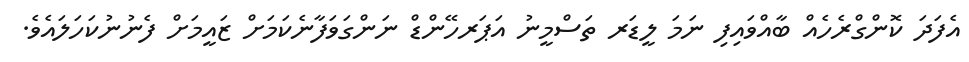
އެފަދަ ކޮންގްރެހެއް ބާއްވައިފި ނަމަ ލީޑަރ ތަސްމީނު އަޕަރހޭންޑް ނަންގަވަފާނެކަމަށް ޒައީމަށް ފެނުނުކަހަލައެވެ.